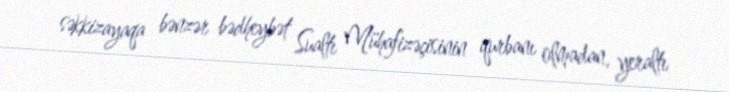
səkkizayaqa bənzər bədheybət Sualtı Mühafizəçisinin qurbanı olmadan, yeraltı